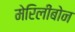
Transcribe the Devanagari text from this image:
मेरिलीबोन